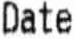
DATE